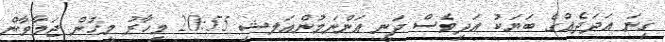
ގިނަ އަދަދެއްގެ ބަޔަކު އަދިވެސް ދަނީ އަންނަމުންއަލޝި 20:55 މިހާރު މީހުން ޖަމާވާން